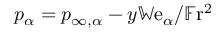
p _ { \alpha } = p _ { \infty , \alpha } - y \mathbb { W } \mathrm { e } _ { \alpha } / \mathbb { F } \mathrm { r } ^ { 2 }